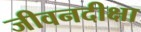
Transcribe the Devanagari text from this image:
जीवनदीक्षा